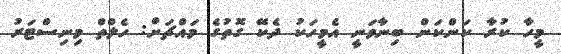
މީހާ ކުރާ ކަންކަން ބިނާވަނީ އެމީހަކު ދެކޭ ގޮތުގެ މައްޗަށް: ހެލްތް މިނިސްޓަރު